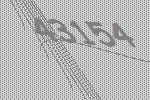
43154